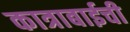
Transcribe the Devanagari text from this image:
कात्राबाईची